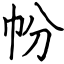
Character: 帉